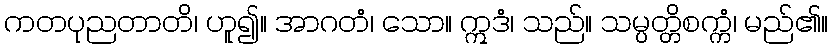
ကတပုညတာတိ၊ ဟူ၍။ အာဂတံ၊ သော။ ဣဒံ၊ သည်။ သမ္ပတ္တိစက္ကံ၊ မည်၏။